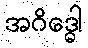
အဂိဒ္ဓေါ